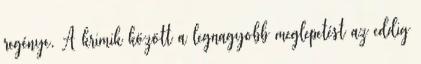
regénye. A krimik között a legnagyobb meglepetést az eddig